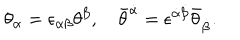
\theta _ { \alpha } = \epsilon _ { \alpha \beta } \theta ^ { \beta } , \quad \bar { \theta } ^ { \dot { \alpha } } = \epsilon ^ { \dot { \alpha } \dot { \beta } } \bar { \theta } _ { \dot { \beta } } .